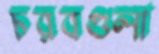
চরবগুলা